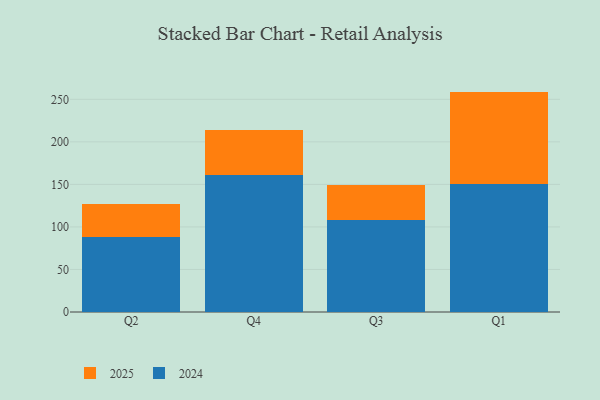
{"axis": {"x": "Quarter", "y": "Conversion Rate (%)"}, "legend": ["2024", "2025"], "data": [{"x": "Q2", "y": 88.1, "type": "2024"}, {"x": "Q2", "y": 38.4, "type": "2025"}, {"x": "Q4", "y": 161.3, "type": "2024"}, {"x": "Q4", "y": 53.1, "type": "2025"}, {"x": "Q3", "y": 107.9, "type": "2024"}, {"x": "Q3", "y": 41.0, "type": "2025"}, {"x": "Q1", "y": 150.5, "type": "2024"}, {"x": "Q1", "y": 108.6, "type": "2025"}]}